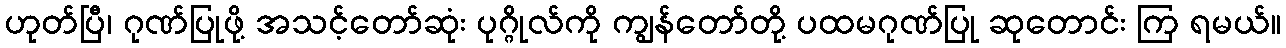
ဟုတ်ပြီ၊ ဂုဏ်ပြုဖို့ အသင့်တော်ဆုံး ပုဂ္ဂိုလ်ကို ကျွန်တော်တို့ ပထမဂုဏ်ပြု ဆုတောင်း ကြ ရမယ်။